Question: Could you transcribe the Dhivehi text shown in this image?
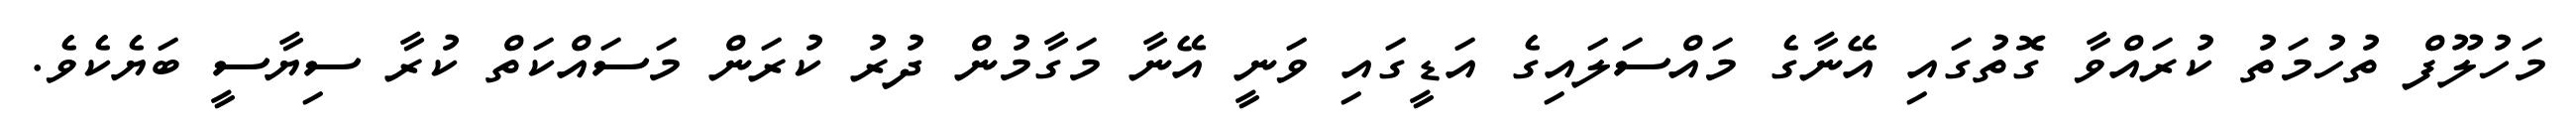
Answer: މަހުލޫފް ތުހުމަތު ކުރައްވާ ގޮތުގައި އޭނާގެ މައްސަލައިގެ އަޑީގައި ވަނީ އޭނާ މަގާމުން ދުރު ކުރަން މަސައްކަތް ކުރާ ސިޔާސީ ބަޔެކެވެ.